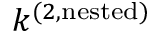
k ^ { ( 2 , \mathrm { n e s t e d } ) }